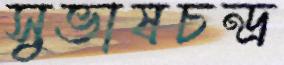
সুভাষচন্দ্র